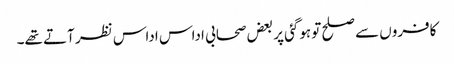
کافروں سے صلح تو ہوگئی پر بعض صحابی اداس اداس نظر آتے تھے۔